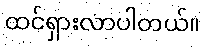
ထင်ရှားလာပါတယ်။